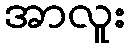
အာလူး